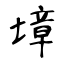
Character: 墇